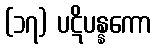
(၁၇) ပဋိပန္နကော